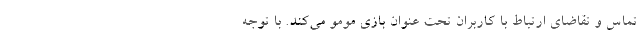
تماس و تقاضای ارتباط با کاربران تحت عنوان بازی مومو می‌کند. با توجه